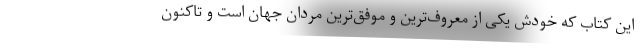
این کتاب که خودش یکی از معروف‌ترین و موفق‌ترین مردان جهان است و تاکنون